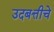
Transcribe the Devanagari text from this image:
उदबत्तीचे